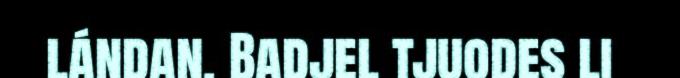
lándan. Badjel tjuodes li